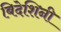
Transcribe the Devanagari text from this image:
बिदेशिनी